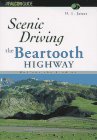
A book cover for Scenic Driving: The Beartooth Highway: Montana and Wyoming (Serial); H. L. James; Travel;